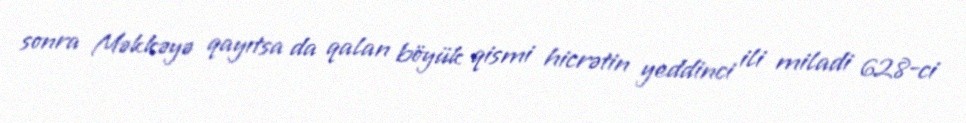
sonra Məkkəyə qayıtsa da qalan böyük qismi hicrətin yeddinci ili miladi 628-ci